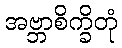
အဗ္ဘာစိက္ခိတုံ